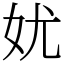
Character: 㚭